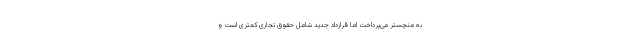
به منچستر می‌پرداخت اما قرارداد جدید شامل حقوق تجاری کمتری است و